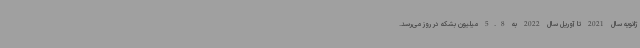
ژانویه سال 2021 تا آوریل سال 2022 به 5.8 میلیون بشکه در روز می‌رسد.